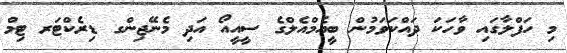
މި ހަފްލާގައި ވާހަކަ ދައްކަވަމުން ބީއެމްއެލްގެ ސީއީއޯ އަދި މެނޭޖިންގ ޑިރެކްޓަރ ޓިމް